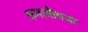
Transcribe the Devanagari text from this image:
कमानीवजा